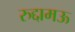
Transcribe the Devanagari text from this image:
रुद्दामऊ